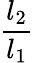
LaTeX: \frac{l_{2}}{l_{1}}